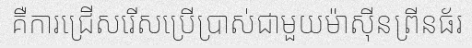
គឺការជ្រើសរើសប្រើប្រាស់ជាមួយម៉ាស៊ីនព្រីនធ័រ